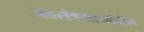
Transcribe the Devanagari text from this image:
जठरांत्रमार्गातील